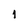
Character: 1